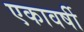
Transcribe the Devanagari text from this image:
एकावर्षी